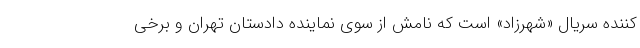
کننده سریال «شهرزاد» است که نامش از سوی نماینده دادستان تهران و برخی